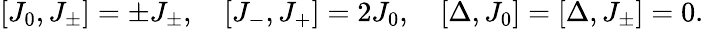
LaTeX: [J_{0},J_{\pm}]=\pm J_{\pm},\quad[J_{-},J_{+}]=2J_{0},\quad[\Delta,J_{0}]=[\Delta,J_{\pm}]=0.